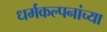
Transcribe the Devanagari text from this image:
धर्मकल्पनांच्या